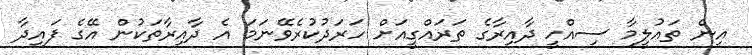
އިން ތައުލީމާ ސިއްހީ ދާއިރާގެ ތަރައްގީއަށް ހަރަދުކުރެވޭނަމަ އެ ދާއިރާތަކުން އޭގެ ފައިދާ